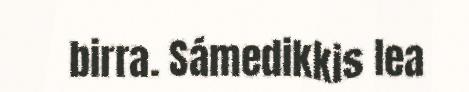
birra. Sámedikkis lea